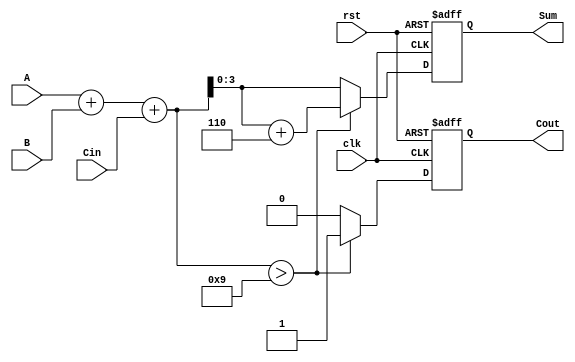
module BCD_Synchronous_Adder (
    input wire [3:0] A,      // First BCD digit
    input wire [3:0] B,      // Second BCD digit
    input wire Cin,          // Carry-in
    input wire clk,          // Clock signal
    input wire rst,          // Reset signal
    output reg [3:0] Sum,    // BCD Sum output
    output reg Cout          // Carry-out output
);

// Internal wires for binary sum and overflow
wire [4:0] binary_sum; // 5-bit sum to account for carry-out
wire correction_needed; // Signal to indicate if correction is needed
wire [3:0] corrected_sum; // Corrected BCD sum

// Binary addition of A, B and Cin
assign binary_sum = A + B + Cin;

// Check if correction is needed (if sum > 9)
assign correction_needed = binary_sum > 5'd9;

// Apply correction if needed (add 6 in binary)
assign corrected_sum = binary_sum + 5'd6;

// Synchronous operation triggered by clock
always @(posedge clk or posedge rst) begin
    if (rst) begin
        Sum <= 4'b0000; // Reset Sum to 0
        Cout <= 1'b0;   // Reset Carry-out to 0
    end else begin
        if (correction_needed) begin
            Sum <= corrected_sum[3:0]; // Keep only the lower 4 bits
            Cout <= 1'b1;               // Set carry-out to 1
        end else begin
            Sum <= binary_sum[3:0];     // Keep only the lower 4 bits
            Cout <= 1'b0;               // Set carry-out to 0
        end
    end
end

endmodule